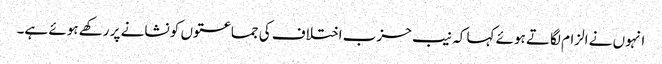
انہوں نے الزام لگاتے ہوئے کہا کہ نیب حزب اختلاف کی جماعتوں کو نشانے پر رکھے ہوئے ہے۔